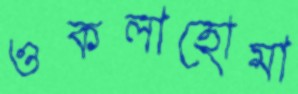
ওকলাহোমা